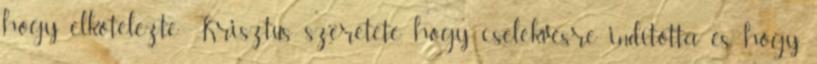
hogy elkötelezte Krisztus szeretete, hogy cselekvésre indította és hogy